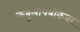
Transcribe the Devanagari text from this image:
कबुलीपत्रीकेवर